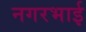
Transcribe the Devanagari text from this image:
नगरभाई